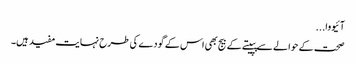
آئیووا...
صحت کے حوالے سے پپیتے کے بیج بھی اس کے گودے کی طرح نہایت مفید ہیں۔